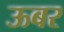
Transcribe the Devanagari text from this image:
ऊबर